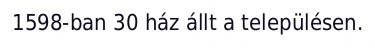
1598-ban 30 ház állt a településen.